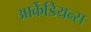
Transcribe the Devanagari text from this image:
आर्केडियन्स